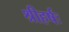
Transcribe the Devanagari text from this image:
श्रीहर्षः